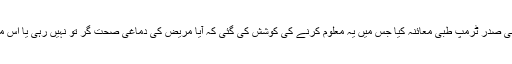
وائٹ ہاؤس کے معالج ڈاکٹر رونی جيکسن نے گزشتہ روز نامی صدر ٹرمپ طبی معائنہ کيا جس میں یہ معلوم کرنے کی کوشش کی گئی کہ آیا مريض کی دماغی صحت گر تو نہيں رہی يا اس ميں الزائمر جيسے مرض کی ابتدائی علامات کو ظاہر نہيں ہیں۔